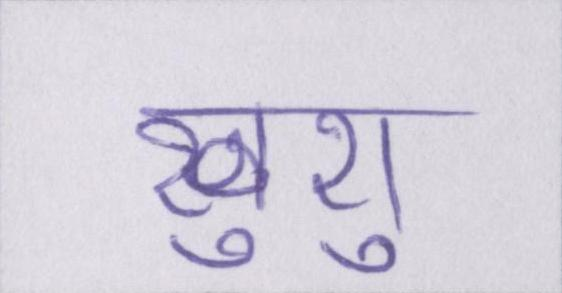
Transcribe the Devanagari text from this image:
खुशु